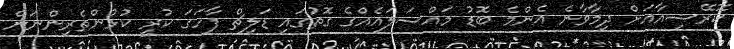
ކޮރޭޝިއާއަށް ދިމާވާނެ އެންމެ ބޮޑު މައްސަލައެއްގެ ގޮތުގައި ޑަލިޗް ފާހަގަ ކުރީ ކުޅުންތެރިންނަށް